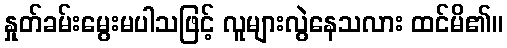
နှုတ်ခမ်းမွေးမပါသဖြင့် လူများလွဲနေသလား ထင်မိ၏။